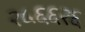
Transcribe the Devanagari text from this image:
२५६६२६